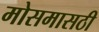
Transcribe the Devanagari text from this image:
मोसमासठी